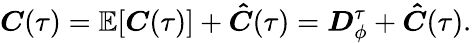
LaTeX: \boldsymbol{C}(\tau)=\mathbb{E}[\boldsymbol{C}(\tau)]+\boldsymbol{\hat{C}}(\tau)=\boldsymbol{D}_{\phi}^{\tau}+\boldsymbol{\hat{C}}(\tau).